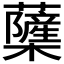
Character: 𮓌